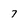
Character: 7